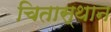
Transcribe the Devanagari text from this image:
चितास्थान